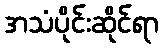
အသံပိုင်းဆိုင်ရာ